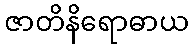
ဇာတိနိရောဓာယ